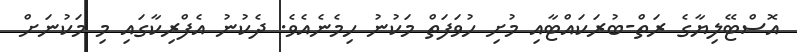
އޮސްޓޭލިޔާގެ ރަތް-ބުރަކައްޓާއި މުށި ހުވަފަތް މަކުނު ހިމެނެއެވެ. ދެކުނު އެފްރިކާގައި މި މަކުނަށް